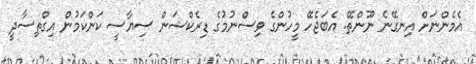
އެމެންނަށް އިނގޭނެ ނޫންތޭ. އެބަޖެހޭ މީހުންގެ ވިސްނުމުގެ ޑިރެކްޝަން ސިޔާސީ ކަންކަމުން އިގްތިސާދީ